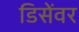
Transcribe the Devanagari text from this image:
डिसेंवर